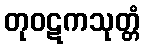
တုဝဋကသုတ္တံ